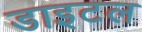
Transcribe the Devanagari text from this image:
डाइटल